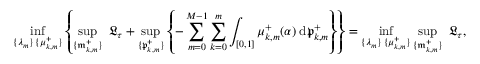
\operatorname* { i n f } _ { \substack { \{ \lambda _ { m } \} \, \{ \mu _ { k , m } ^ { + } \} } } \left\{ \operatorname* { s u p } _ { \{ \mathfrak { m } _ { k , m } ^ { + } \} } \; \mathfrak { L } _ { \tau } + \operatorname* { s u p } _ { \{ \mathfrak { p } _ { k , m } ^ { + } \} } \left\{ - \sum _ { m = 0 } ^ { M - 1 } \sum _ { k = 0 } ^ { m } \int _ { [ 0 , 1 ] } \mu _ { k , m } ^ { + } ( \alpha ) \; \mathrm { d } \mathfrak { p } _ { k , m } ^ { + } \right\} \right\} = \operatorname* { i n f } _ { \substack { \{ \lambda _ { m } \} \, \{ \mu _ { k , m } ^ { + } \} } } \operatorname* { s u p } _ { \{ \mathfrak { m } _ { k , m } ^ { + } \} } \; \mathfrak { L } _ { \tau } ,